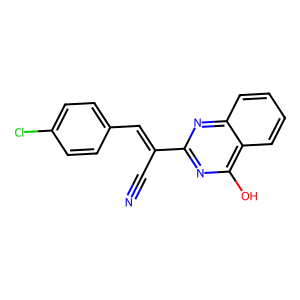
SMILES: N#CC(=Cc1ccc(Cl)cc1)c1nc(O)c2ccccc2n1
Inhibits HIV replication: No